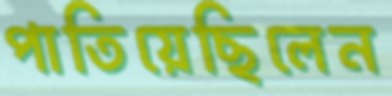
পাতিয়েছিলেন